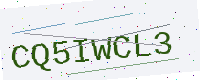
Text: CQ5IWCL3